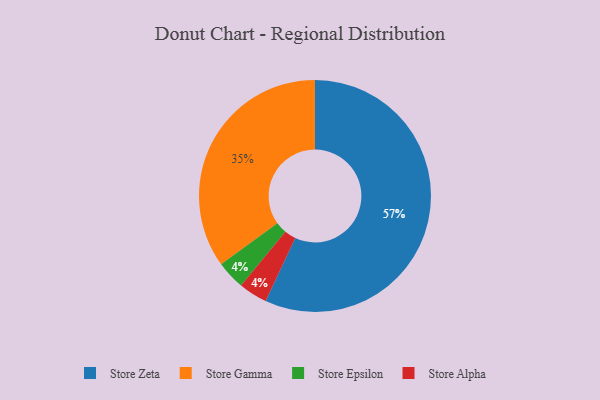
{"axis": {"x": "Category", "y": "Percentage"}, "legend": ["Store Alpha", "Store Epsilon", "Store Gamma", "Store Zeta"], "data": [{"x": "Store Epsilon", "y": 4, "type": "Store Epsilon"}, {"x": "Store Alpha", "y": 4, "type": "Store Alpha"}, {"x": "Store Zeta", "y": 57, "type": "Store Zeta"}, {"x": "Store Gamma", "y": 35, "type": "Store Gamma"}]}